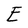
Character: E